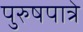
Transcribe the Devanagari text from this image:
पुरुषपात्रे